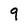
Character: 9